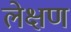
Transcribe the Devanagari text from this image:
लेक्षण